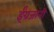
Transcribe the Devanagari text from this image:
ईंग्रजांनी